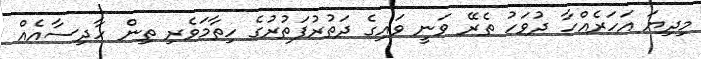
މިދިޔަ އަަހަރެއްހާ ދުވަހު ތެރޭ ވަނީ ވައިގެ ދަތުރުފަތުރުގެ ހިތާމަވެރި ތިން ހާދިސާއެއް